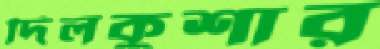
দিলকুশার